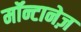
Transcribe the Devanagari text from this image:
मॉन्टानेज़